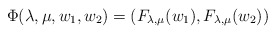
\begin{align*}\Phi(\lambda,\mu,w_1,w_2)=(F_{\lambda,\mu} (w_1), F_{\lambda,\mu}(w_2))\end{align*}